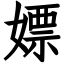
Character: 嫖